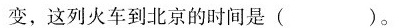
变，这列火车到北京的时间是()。